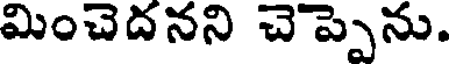
మించెదనని చెప్పెను.